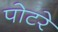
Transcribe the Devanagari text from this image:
पोटरे